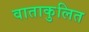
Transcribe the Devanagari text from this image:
वाताकुलित